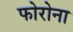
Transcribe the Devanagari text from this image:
फोरोना